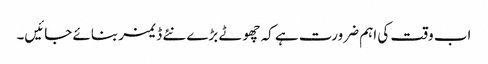
اب وقت کی اہم ضرورت ہے کہ چھوٹے بڑے نئے ڈ یمز بنائے جائیں۔